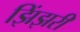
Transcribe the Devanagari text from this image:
झिंझरी